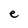
Character: e